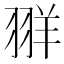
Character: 𫅧